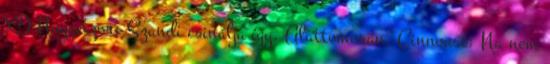
XD Nuggetzor: Szandi csinálja így. Alattomosan. Cinnouse: Na nem